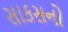
સાકસનો